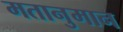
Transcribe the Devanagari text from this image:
मतानुमान